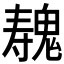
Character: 𱆛